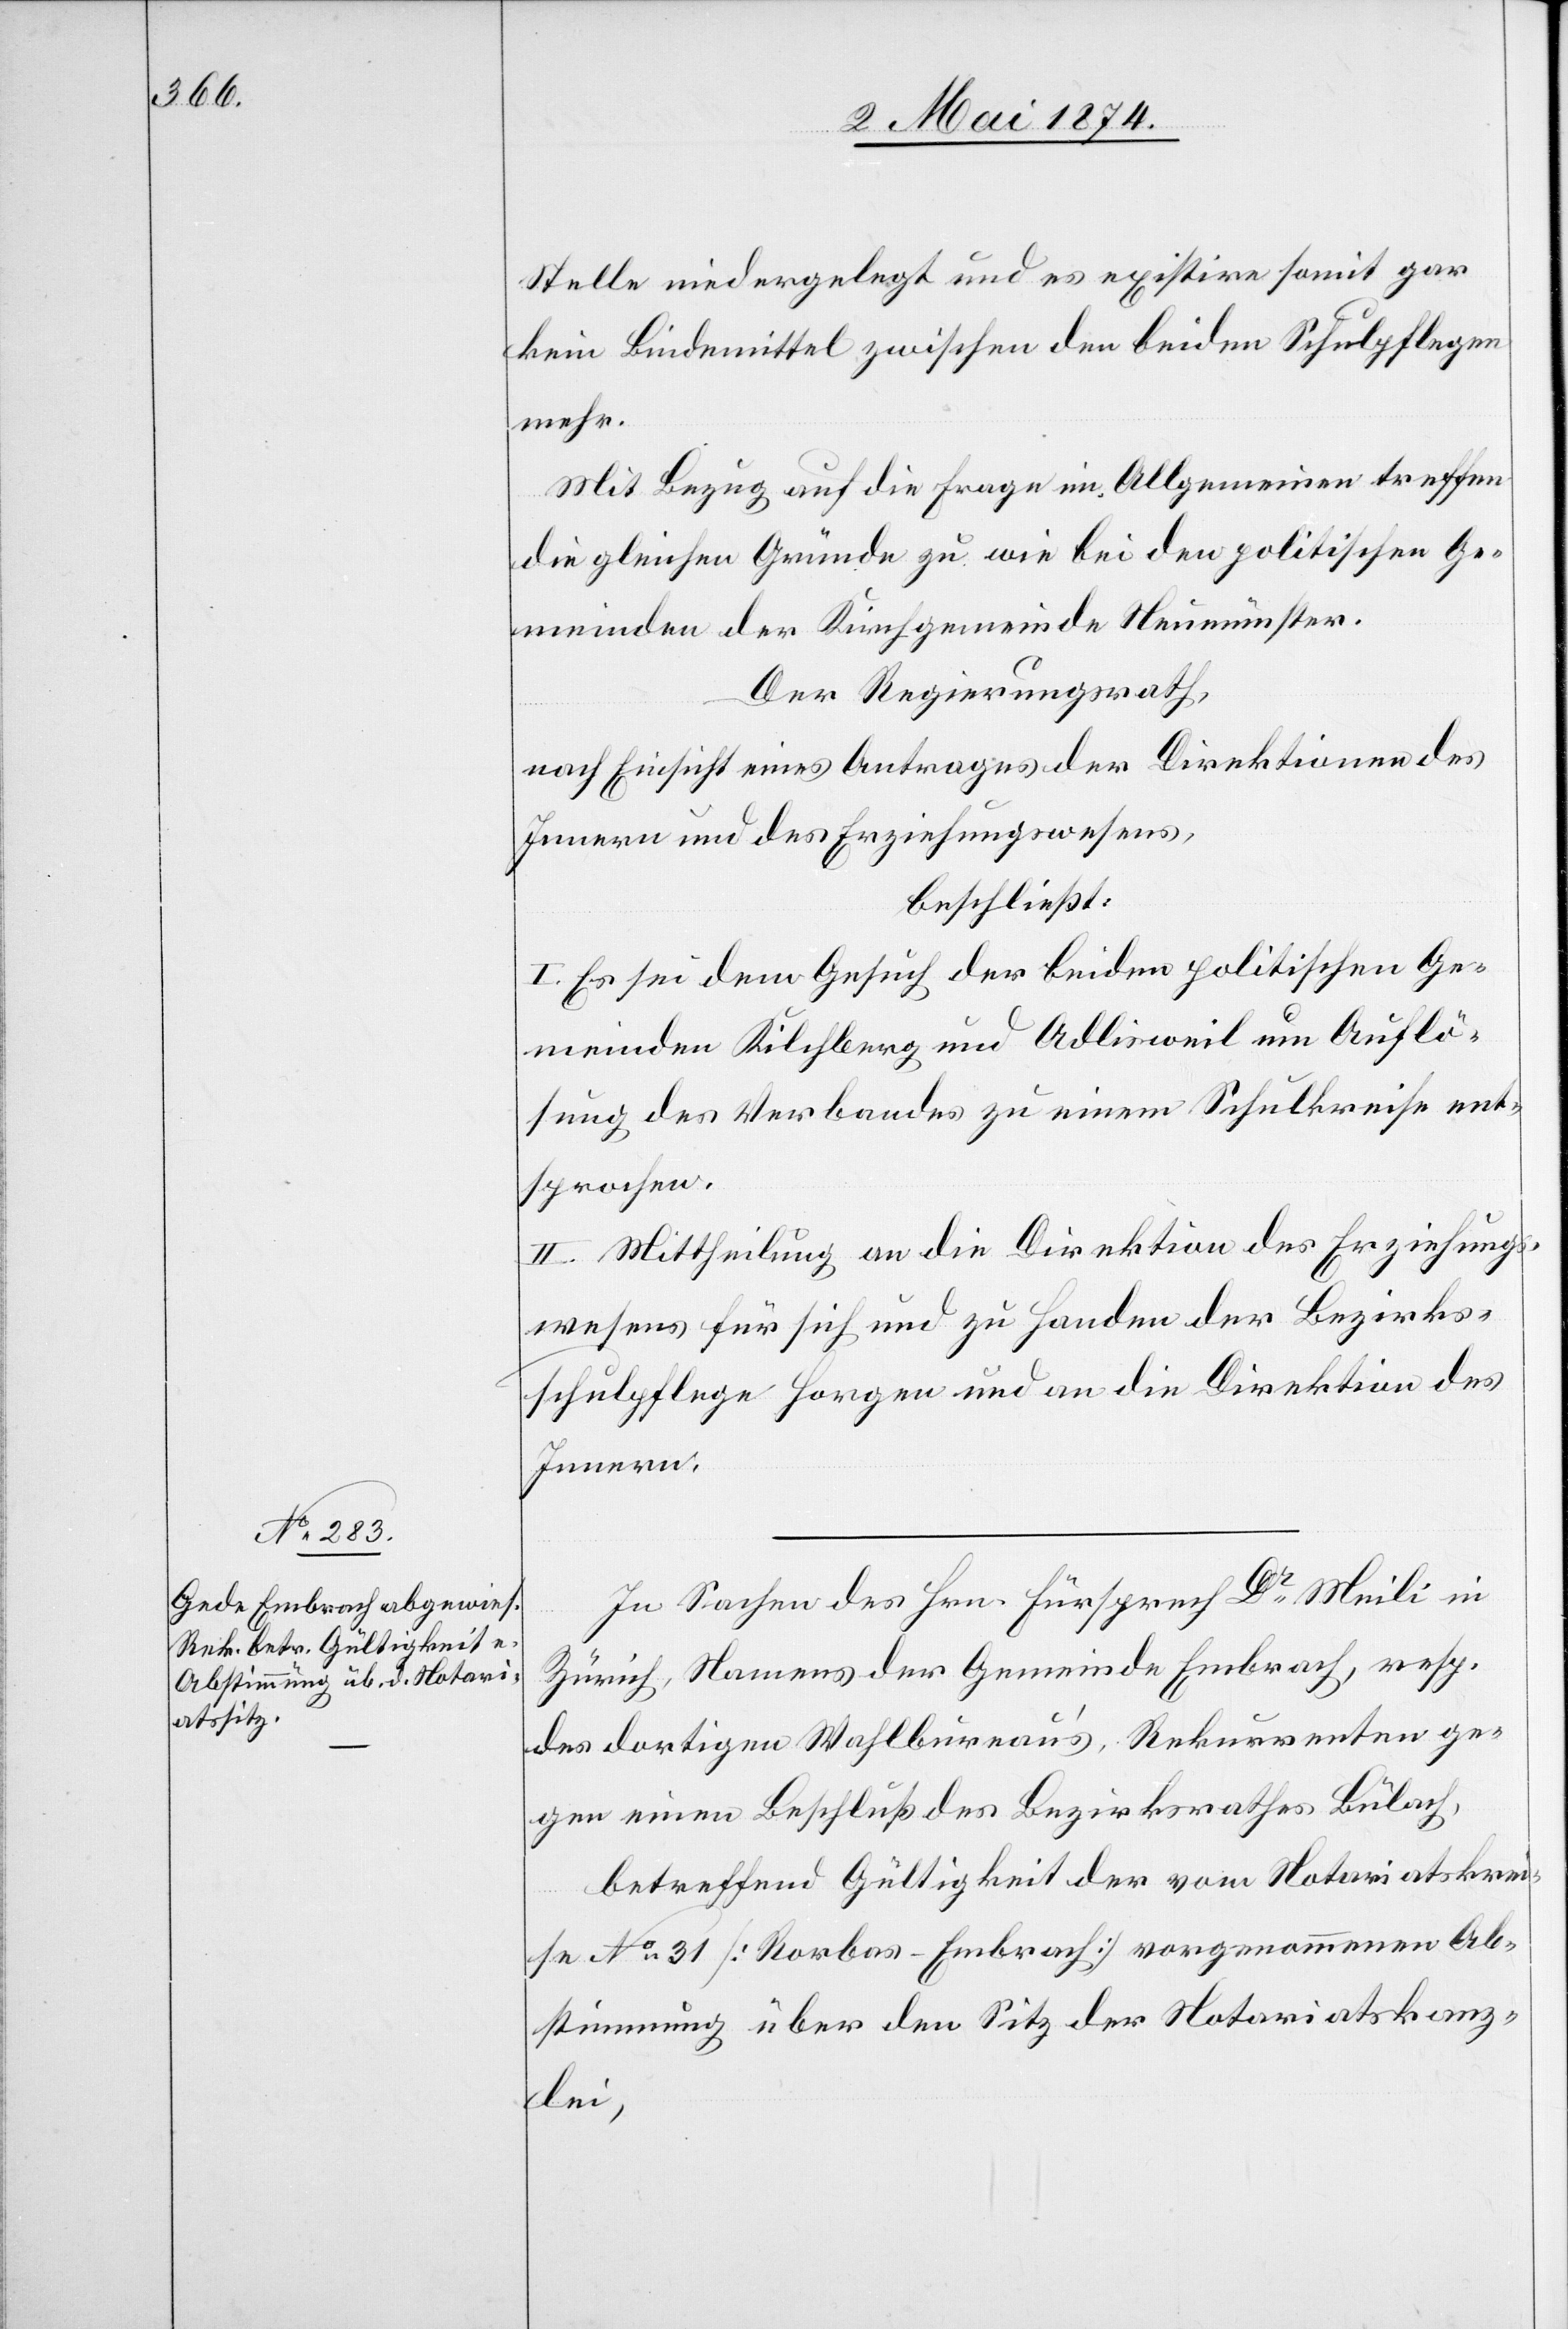
Stelle niedergelegt und es existire somit gar
kein Bindemittel zwischen den beiden Schulpflegen
mehr.
Mit Bezug auf die Frage im Allgemeinen treffen
die gleichen Gründe zu wie bei den politischen Ge¬
meinden der Kirchgemeinde Neumünster.
Der Regierungsrath,
nach Einsicht eines Antrages der Direktion des
Innern und des Erziehungswesens,
beschließt:
I. Es sei dem Gesuch der beiden politischen Ge¬
meinden Kilchberg und Adlisweil um Auflö¬
sung des Verbandes zu einem Schulkreise ent¬
sprochen.
II. Mittheilung an die Direktion des Erziehungs¬
wesens für sich und zu Handen der Bezirks¬
schulpflege Horgen und an die Direktion des
Innern.
In Sachen des Hrn. Fürsprech Dr Meili in
Zürich, Namens der Gemeinde Embrach, resp.
des dortigen Wahlbureau’s, Rekurrenten ge¬
gen einen Beschluß des Bezirksrathes Bülach,
betreffend Gültigkeit der vom Notariatskrei¬
se No 31 [Rorbas-Embrach] vorgenommenen Ab¬
stimmung über den Sitz der Notariatskanz¬
lei,